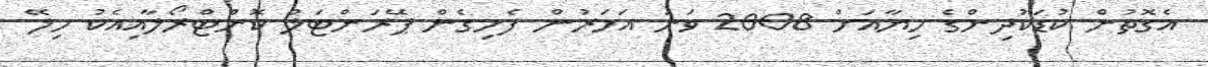
އެގޮތުން ކުޑަކުދިންގެ ހިޔާއަށް 2008 ވަނަ އަހަރުން ފެށިގެން ޕޭރަންޓަލް ކޮންޓްރޯލާއިއެކު ހިލޭ